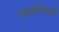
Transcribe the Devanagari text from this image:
चांदीऐवजी